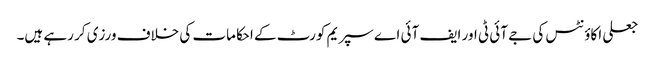
جعلی اکاؤنٹس کی جے آئی ٹی اور ایف آئی اے سپریم کورٹ کے احکامات کی خلاف ورزی کر رہے ہیں۔